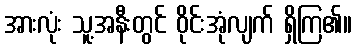
အားလုံး သူ့အနီးတွင် ဝိုင်းအုံလျက် ရှိကြ၏။